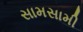
સામસામી